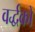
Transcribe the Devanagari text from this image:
वर्द्धकों